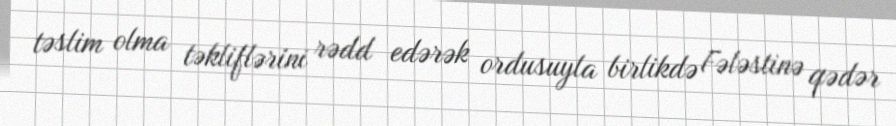
təslim olma təkliflərini rədd edərək ordusuyla birlikdə Fələstinə qədər